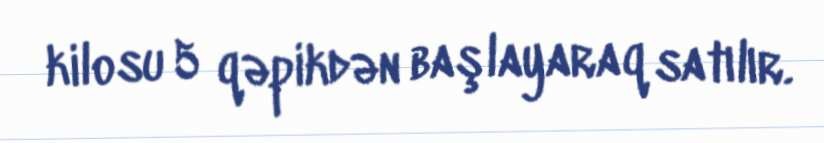
kilosu 5 qəpikdən başlayaraq satılır.